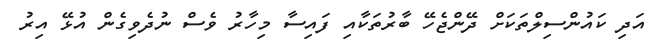
އަދި ކައުންސިލްތަކަށް ދޭންޖެހޭ ބާރުތަކާއި ފައިސާ މިހާރު ވެސް ނުދެވިގެން އުޅޭ އިރު